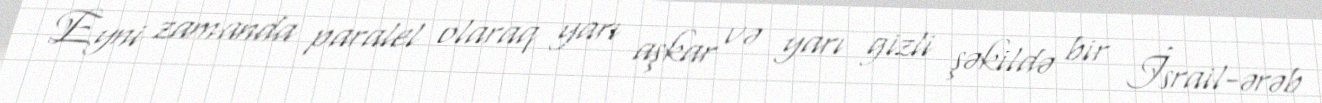
Eyni zamanda paralel olaraq yarı aşkar və yarı gizli şəkildə bir İsrail-ərəb